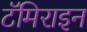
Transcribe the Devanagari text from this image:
टॅमिराइन